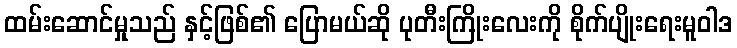
ထမ်းဆောင်မှုသည် နှင့်ဖြစ်၏ ပြောမယ်ဆို ပုတီးကြိုးလေးကို စိုက်ပျိုးရေးမူဝါဒ